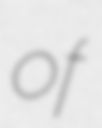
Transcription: of